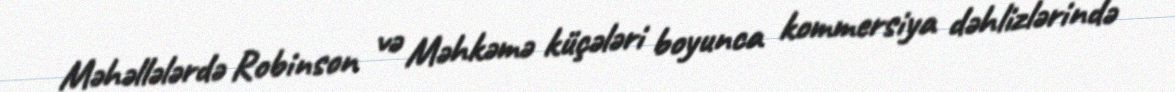
Məhəllələrdə Robinson və Məhkəmə küçələri boyunca kommersiya dəhlizlərində